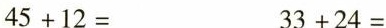
$$4 5 + 1 2 =$$ $$3 3 + 2 4 =$$